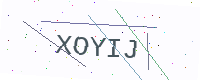
Text: XOYIJ